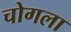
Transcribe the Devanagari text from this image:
चोगला